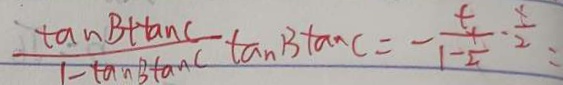
\frac { \tan B + \tan C } { 1 - \tan B \tan C } \tan B \tan C = - \frac { t } { 1 - \frac { 1 } { 2 } } \cdot \frac { x } { 2 } =